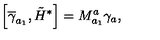
\left[ \overline { { \gamma } } _ { a _ { 1 } } , \tilde { H } ^ { * } \right] = M _ { a _ { 1 } } ^ { a } \gamma _ { a } ,